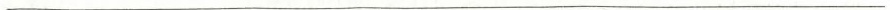
___